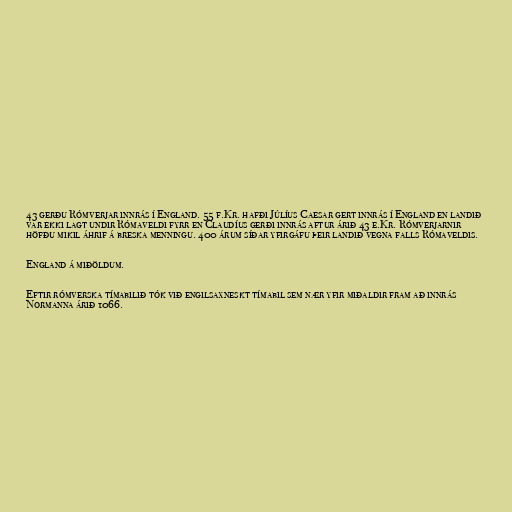
43 gerðu Rómverjar innrás í England. 55 f.Kr. hafði Júlíus Caesar gert innrás í England en landið
var ekki lagt undir Rómaveldi fyrr en Claudíus gerði innrás aftur árið 43 e.Kr. Rómverjarnir
höfðu mikil áhrif á breska menningu. 400 árum síðar yfirgáfu þeir landið vegna falls Rómaveldis.

England á miðöldum.

Eftir rómverska tímabilið tók við engilsaxneskt tímabil sem nær yfir miðaldir fram að innrás
Normanna árið 1066.